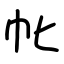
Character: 㠲